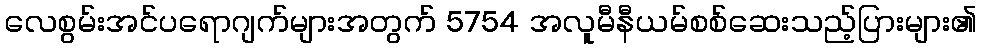
လေစွမ်းအင်ပရောဂျက်များအတွက် 5754 အလူမီနီယမ်စစ်ဆေးသည့်ပြားများ၏